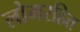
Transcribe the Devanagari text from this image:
लोमरहित